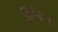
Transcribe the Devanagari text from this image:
प्रिन्सिपे